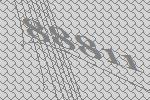
88811